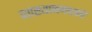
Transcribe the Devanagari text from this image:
व्याख्यानमालांचे